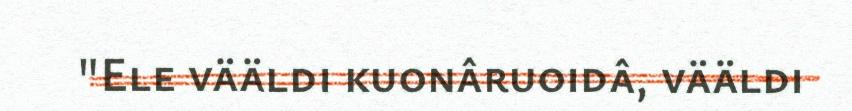
"Ele vääldi kuonâruoidâ, vääldi